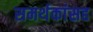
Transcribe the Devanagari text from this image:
समर्थकांसह